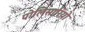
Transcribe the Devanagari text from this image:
पोलिसारियो